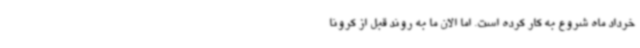
خرداد ماه شروع به کار کرده است. اما الان ما به روند قبل از کرونا